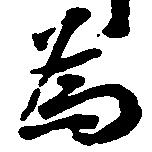
為